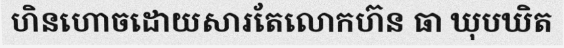
ហិនហោចដោយសារតែលោកហ៊ន ធា ឃុបឃិត